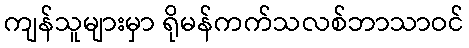
ကျန်သူများမှာ ရိုမန်ကက်သလစ်ဘာသာဝင်